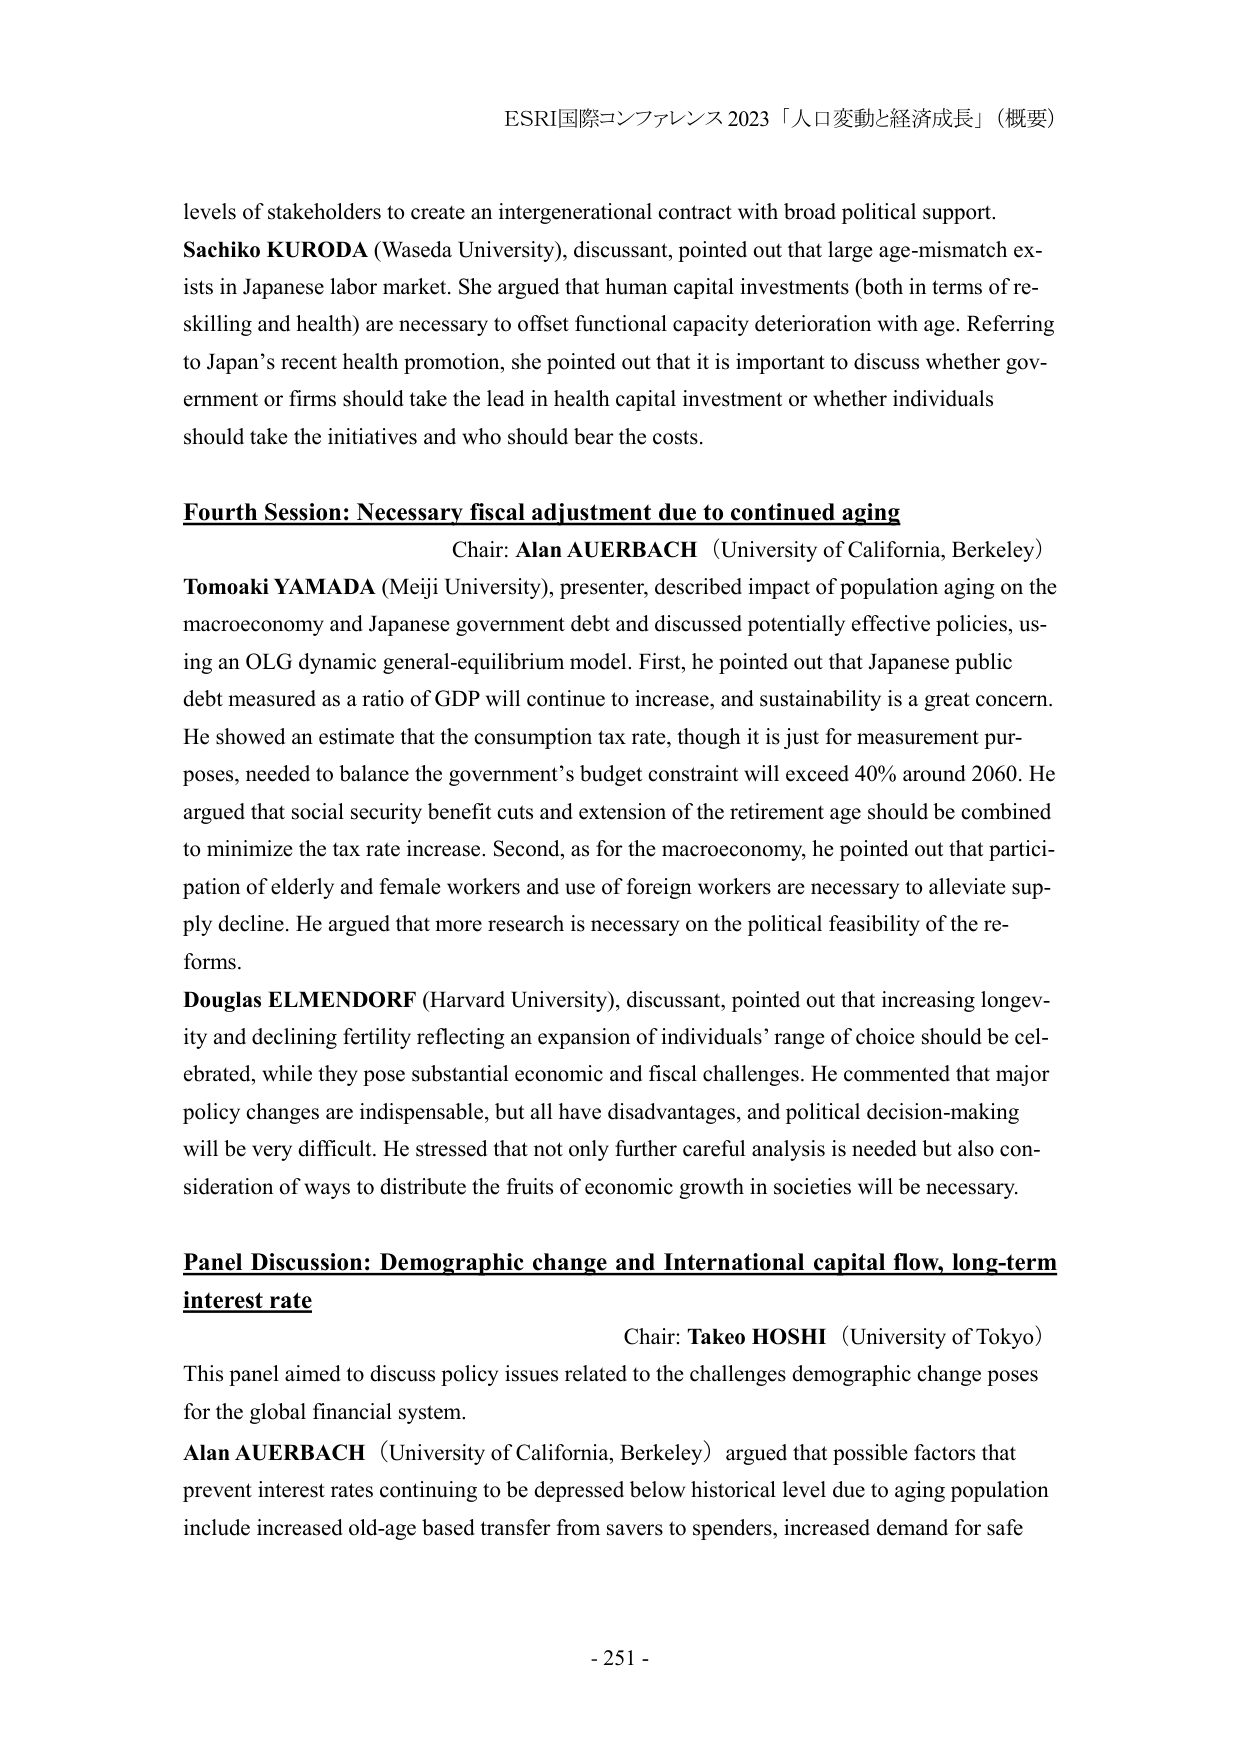
ESRI国際コンファレンス 2023 「人口変動と経済成長」（概要）

levels of stakeholders to create an intergenerational contract with broad political support.
Sachiko KURODA (Waseda University), discussant, pointed out that large age-mismatch exists in Japanese labor market. She argued that human capital investments (both in terms of re-skilling and health) are necessary to offset functional capacity deterioration with age. Referring to Japan’s recent health promotion, she pointed out that it is important to discuss whether government or firms should take the lead in health capital investment or whether individuals should take the initiatives and who should bear the costs.

Fourth Session: Necessary fiscal adjustment due to continued aging
Chair: Alan AUERBACH (University of California, Berkeley)
Tomoaki YAMADA (Meiji University), presenter, described impact of population aging on the macroeconomy and Japanese government debt and discussed potentially effective policies, using an OLG dynamic general-equilibrium model. First, he pointed out that Japanese public debt measured as a ratio of GDP will continue to increase, and sustainability is a great concern. He showed an estimate that the consumption tax rate, though it is just for measurement purposes, needed to balance the government’s budget constraint will exceed 40% around 2060. He argued that social security benefit cuts and extension of the retirement age should be combined to minimize the tax rate increase. Second, as for the macroeconomy, he pointed out that participation of elderly and female workers and use of foreign workers are necessary to alleviate supply decline. He argued that more research is necessary on the political feasibility of the reforms.
Douglas ELMENDORF (Harvard University), discussant, pointed out that increasing longevity and declining fertility reflecting an expansion of individuals’ range of choice should be celebrated, while they pose substantial economic and fiscal challenges. He commented that major policy changes are indispensable, but all have disadvantages, and political decision-making will be very difficult. He stressed that not only further careful analysis is needed but also consideration of ways to distribute the fruits of economic growth in societies will be necessary.

Panel Discussion: Demographic change and International capital flow, long-term interest rate
Chair: Takeo HOSHI (University of Tokyo)
This panel aimed to discuss policy issues related to the challenges demographic change poses for the global financial system.
Alan AUERBACH (University of California, Berkeley) argued that possible factors that prevent interest rates continuing to be depressed below historical level due to aging population include increased old-age based transfer from savers to spenders, increased demand for safe

- 251 -